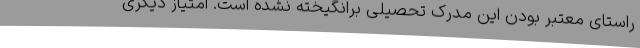
راستای معتبر بودن این مدرک تحصیلی برانگیخته نشده است. امتیاز دیگری